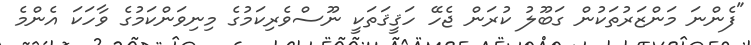
"ފެންނަ މަންޒަރުތަކުން ގަބޫލު ކުރަން ޖެހޭ ހަޤީޤަތަކީ ނޫސްވެރިކަމުގެ މިނިވަންކަމުގެ ވާހަކަ އެންމެ